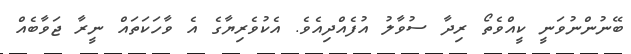
ބޭނުންނުވަނީ ކީއްވެތޯ ރިދާ ސުވާލު އުފެއްދިއެވެ. އެކުވެރިޔާގެ އެ ވާހަކަތައް ނީރާ ޖަވާބެއް